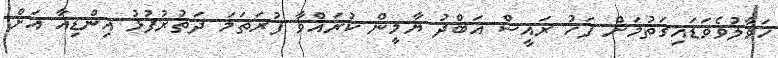
ހަވާލުވެވަޑައިގަތުމަށް ފަހު ރައީސް އަބްދު ޔާމީން ކުރައްވާ ފުރަތަމަ ދަތުރުފުޅު އިންޑިއާ އަށް